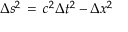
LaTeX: \Delta s ^ { 2 } \, = \, c ^ { 2 } \Delta t ^ { 2 } - \Delta x ^ { 2 }